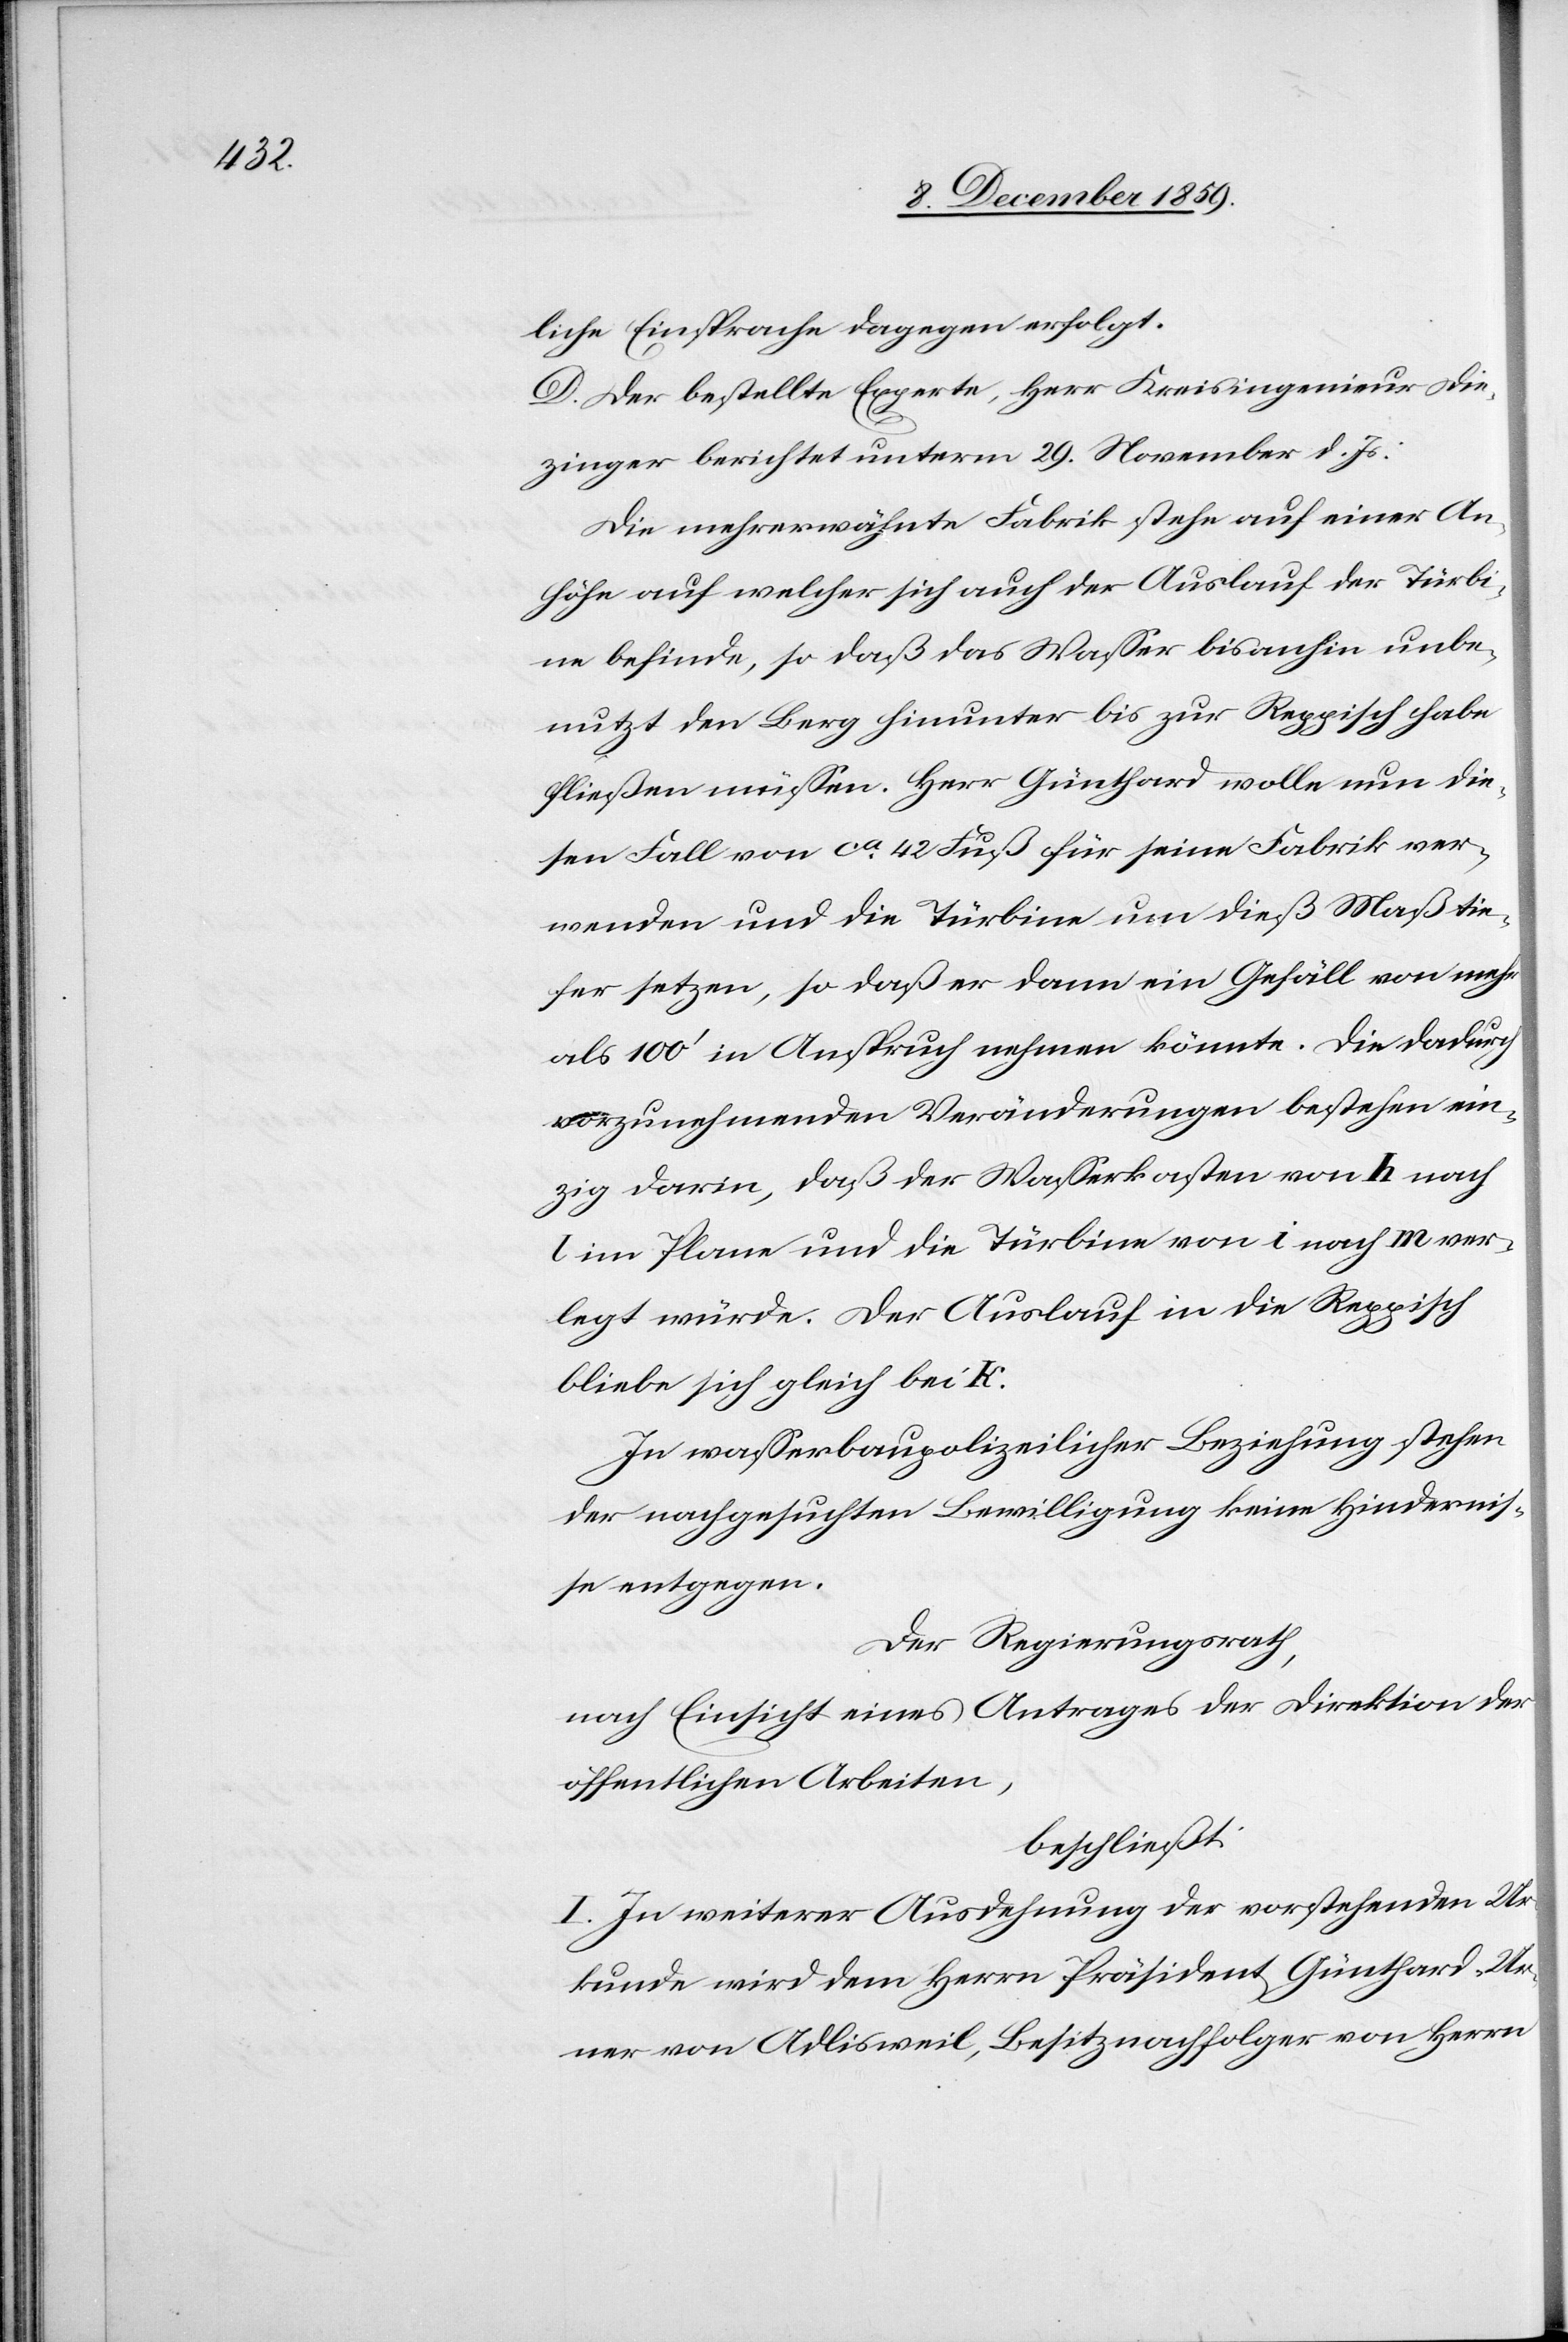
liche Einsprache dagegen erfolgt.
D. Der bestellte Experte, Herr Kreisingenieur Die¬
zinger berichtet unterm 29. November d. Js:
Die mehrerwähnte Fabrik stehe auf einer An¬
höhe auf welcher sich auch der Auslauf der Türbi¬
ne befinde, so daß das Wasser bis anhin unbe¬
nützt den Berg hinunter bis zur Reppisch habe
fließen müssen. Herr Günthard wolle nun die¬
sen Fall von ca 42 Fuß für seine Fabrik ver¬
wenden und die Türbine um dieß Maß tie¬
fer setzen, so daß er dann ein Gefäll von mehr
als 100’ in Anspruch nehmen könnte. Die dadurch
vorzunehmenden Veränderungen bestehen ein¬
zig darin, daß der Wasserkasten von h nach
im Plane und die Türbine von i nach m ver¬
legt würde. Der Auslauf in die Reppisch
bleibe sich gleich bei k.
In wasserbaupolizeilicher Beziehung stehen
der nachgesuchten Bewilligung keine Hindernis¬
se entgegen.
Der Regierungsrath,
nach Einsicht eines Antrages der Direktion der
öffentlichen Arbeiten,
beschließt:
I. In weiterer Ausdehnung der vorstehenden Ur¬
kunde wird dem Herrn Präsident Günthard-Ur¬
ner von Adlisweil, Besitznachfolger von Herrn